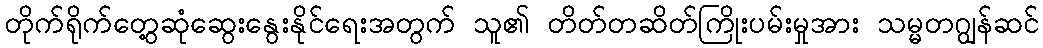
တိုက်ရိုက်တွေ့ဆုံဆွေးနွေးနိုင်ရေးအတွက် သူ၏ တိတ်တဆိတ်ကြိုးပမ်းမှုအား သမ္မတဂျွန်ဆင်